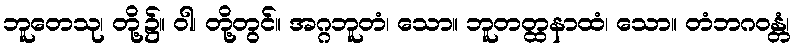
ဘူတေသု၊ တို့၌။ ဝါ၊ တို့တွင်။ အဂ္ဂဘူတံ၊ သော။ ဘူတတ္ထနာထံ၊ သော။ တံဘဂဝန္တံ၊